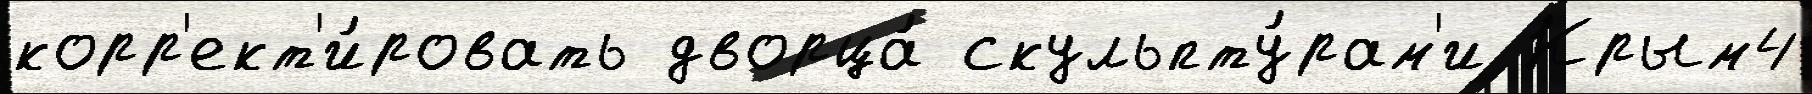
корр'ект'и́ровать дворца́ скульпту́рам'и Крым4